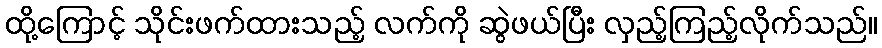
ထို့ကြောင့် သိုင်းဖက်ထားသည့် လက်ကို ဆွဲဖယ်ပြီး လှည့်ကြည့်လိုက်သည်။